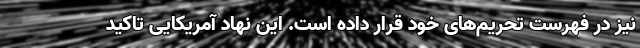
نیز در فهرست تحریم‌های خود قرار داده است. این نهاد آمریکایی تاکید